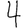
Digit: 4